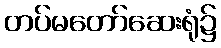
တပ်မတော်ဆေးရုံ၌